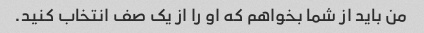
من باید از شما بخواهم که او را از یک صف انتخاب کنید.